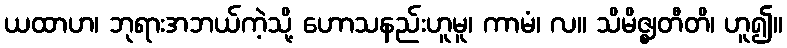
ယထာဟ၊ ဘုရားအဘယ်ကဲ့သို့ ဟောသနည်းဟူမူ၊ ကာမံ၊ လ။ သိမိဇ္ဈတီတိ၊ ဟူ၍။